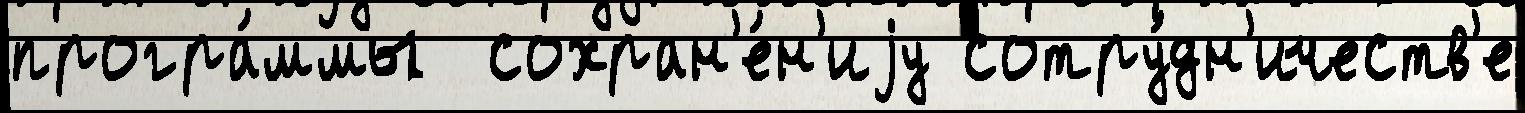
програ́ммы  сохран'е́н'иjу сотру́дн'ичеств'е